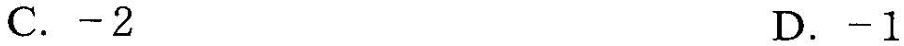
C.-2 D.-1